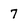
Character: 7